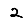
Digit: 2